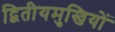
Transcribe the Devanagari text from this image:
द्वितीयमुखियों